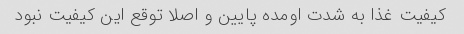
کیفیت غذا به شدت اومده پایین و اصلا توقع این کیفیت نبود